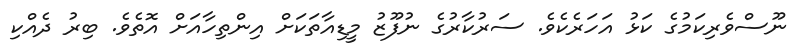
ނޫސްވެރިކަމުގެ ކަޅު އަހަރެކެވެ. ސަރުކާރުގެ ނުފޫޒު މީޑިއާތަކަށް އިންތިހާއަށް އޮތެވެ. ބިރު ދެއްކި